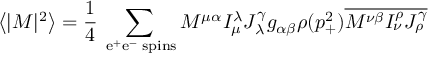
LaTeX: \left\langle | { \cal M } | ^ { 2 } \right\rangle = \frac { 1 } { 4 } \sum _ { \mathrm { \tiny ~ e ^ { + } e ^ { - } ~ s p i n s } } { \cal M } ^ { \mu \alpha } I _ { \mu } ^ { \lambda } J _ { \lambda } ^ { \gamma } g _ { \alpha \beta } \rho ( p _ { + } ^ { 2 } ) \overline { { { { \cal M } ^ { \nu \beta } I _ { \nu } ^ { \rho } J _ { \rho } ^ { \gamma } } } }